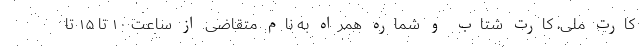
کارت ملی، کارت شتاب و شماره همراه به نام متقاضی از ساعت ۱۰ تا ۱۵ تا